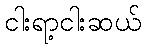
ငါးရာ့ငါးဆယ်